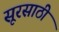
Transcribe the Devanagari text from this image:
सूरसाठी